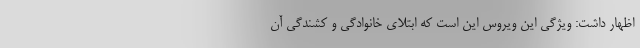
اظهار داشت: ویژگی این ویروس این است که ابتلای خانوادگی و کشندگی آن